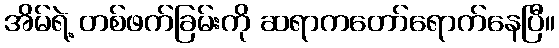
အိမ်ရဲ့ တစ်ဖက်ခြမ်းကို ဆရာကတော်ရောက်နေပြီ။